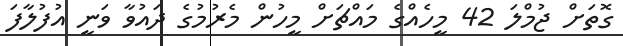
ގޮތަށް ޖުމްލަ 42 މީހެއްގެ މައްޗަަށް މީހުން މެރުމުގެ ދައުވާ ވަނީ އުފުލާފަ